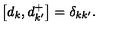
\left[ d _ { k } , d _ { k ^ { \prime } } ^ { + } \right] = \delta _ { k k ^ { \prime } } .